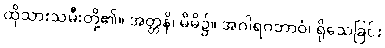
ထိုသားသမီးတို့၏။ အတ္တနိ၊ မိမိ၌။ အဂါရဝဘာဝံ၊ ရိုသေခြင်း